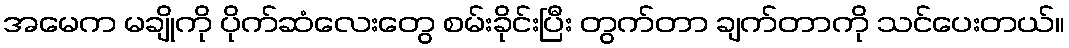
အမေက မချိုကို ပိုက်ဆံလေးတွေ စမ်းခိုင်းပြီး တွက်တာ ချက်တာကို သင်ပေးတယ်။